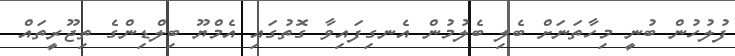
ފުލުހުން ބުނީ މިހާތަނަށް ބެލި ބެލުމުން އެނގިފައިވާ ގޮތުގައި އެމްޔޫ ބިލްޑިންގެ ތިޖޫރީތައް